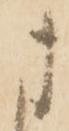
ま